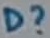
Text: D?